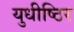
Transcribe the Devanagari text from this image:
युधीष्ठिर